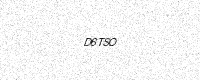
Text: D6TSO